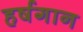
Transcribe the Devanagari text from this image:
हर्षगान